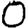
Digit: 0